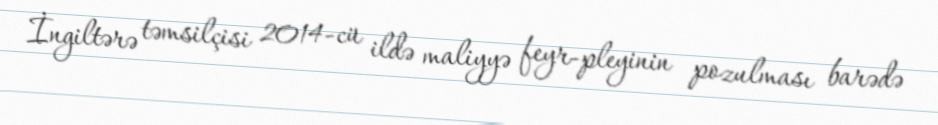
İngiltərə təmsilçisi 2014-cü ildə maliyyə feyr-pleyinin pozulması barədə